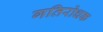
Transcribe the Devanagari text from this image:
गतिरोधक